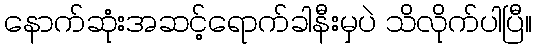
နောက်ဆုံးအဆင့်ရောက်ခါနီးမှပဲ သိလိုက်ပါပြီ။